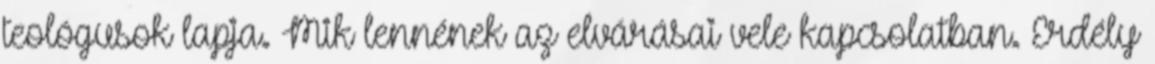
teológusok lapja. Mik lennének az elvárásai vele kapcsolatban. Erdély